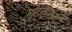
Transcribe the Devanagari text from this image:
मोटारीमध्ये